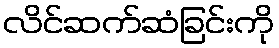
လိင်ဆက်ဆံခြင်းကို